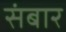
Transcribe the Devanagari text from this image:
संबार